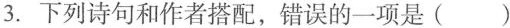
3. 下列诗句和作者搭配，错误的一项是 ( )